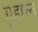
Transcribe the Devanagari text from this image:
गुहान्त